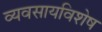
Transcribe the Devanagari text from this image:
व्यवसायविशेष